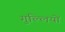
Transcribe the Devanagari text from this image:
गुल्लियों